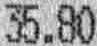
35.80